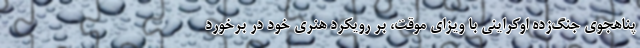
پناهجوی جنگ‌زده اوکراینی با ویزای موقت، بر رویکرد هنری خود در برخورد